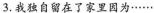
3.我独自留在了家里因为······